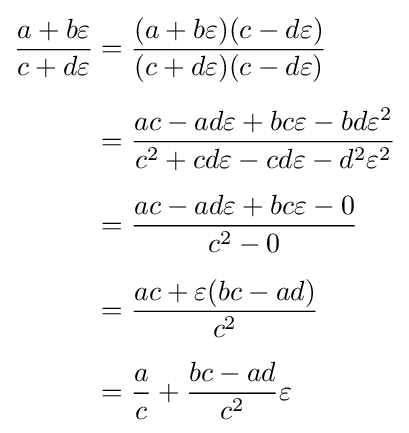
{\begin{aligned}{\frac {a+b\varepsilon }{c+d\varepsilon }}&={\frac {(a+b\varepsilon )(c-d\varepsilon )}{(c+d\varepsilon )(c-d\varepsilon )}}\\[5pt]&={\frac {ac-ad\varepsilon +bc\varepsilon -bd\varepsilon ^{2}}{c^{2}+cd\varepsilon -cd\varepsilon -d^{2}\varepsilon ^{2}}}\\[5pt]&={\frac {ac-ad\varepsilon +bc\varepsilon -0}{c^{2}-0}}\\[5pt]&={\frac {ac+\varepsilon (bc-ad)}{c^{2}}}\\[5pt]&={\frac {a}{c}}+{\frac {bc-ad}{c^{2}}}\varepsilon \end{aligned}}